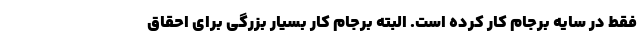
فقط در سایه برجام کار کرده است. البته برجام کار بسیار بزرگی برای احقاق